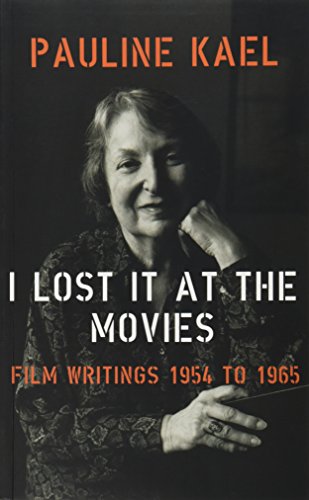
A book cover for I Lost it at the Movies; Pauline Kael; Humor & Entertainment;